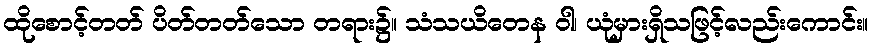
ထိုစောင့်တတ် ပိတ်တတ်သော တရား၌။ သံသယိတေန ဝါ၊ ယုံမှားရှိသဖြင့်လည်းကောင်း။